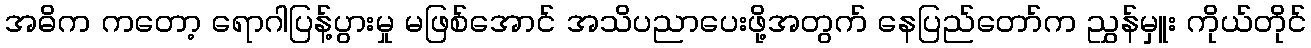
အဓိက ကတော့ ရောဂါပြန့်ပွားမှု မဖြစ်အောင် အသိပညာပေးဖို့အတွက် နေပြည်တော်က ညွှန်မှူး ကိုယ်တိုင်